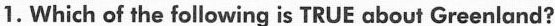
1. Which of the following is TRUE about Greenland?